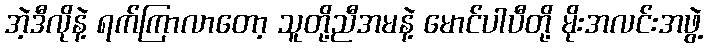
အဲ့ဒီလိုနဲ့ ရက်ကြာလာတော့ သူတို့ညီအမနဲ့ မောင်ပါပီတို့ မိုးအလင်းအဖွဲ့